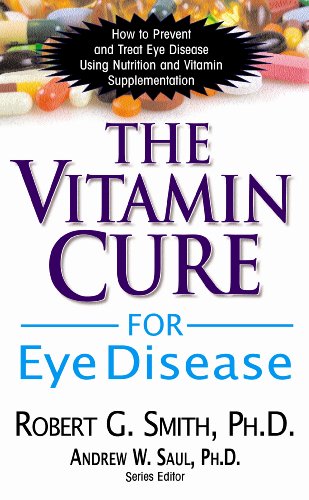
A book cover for The Vitamin Cure for Eye Disease; Robert G., Ph.D. Smith; Health, Fitness & Dieting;